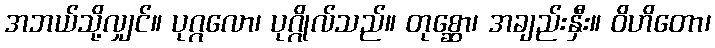
အဘယ်သို့လျှင်။ ပုဂ္ဂလော၊ ပုဂ္ဂိုလ်သည်။ တုစ္ဆော၊ အချည်းနှီး။ ဝိဟိတော၊